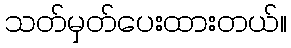
သတ်မှတ်ပေးထားတယ်။